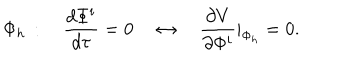
LaTeX: \Phi _ { h } \, : \quad \frac { d \Phi ^ { i } } { d \tau } = 0 \quad \leftrightarrow \quad \frac { \partial V } { \partial \Phi ^ { i } } | _ { \Phi _ { h } } = 0 .